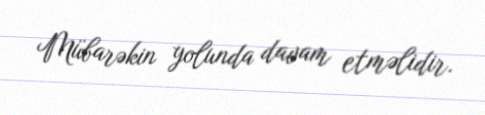
Mübarəkin yolunda davam etməlidir.